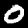
Digit: 0